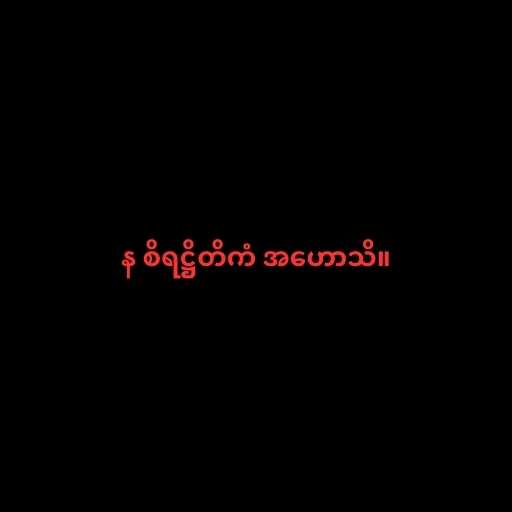
န စိရဋ္ဌိတိကံ အဟောသိ။